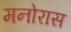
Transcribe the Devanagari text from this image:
मनोरास